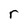
Character: r